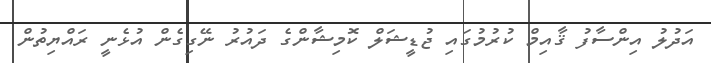
އަދުލު އިންސާފު ޤާއިމް ކުރުމުގައި ޖުޑީޝަލް ކޮމިޝާންގެ ދައުރު ނޭގިގެން އުޅެނީ ރައްޔިތުން